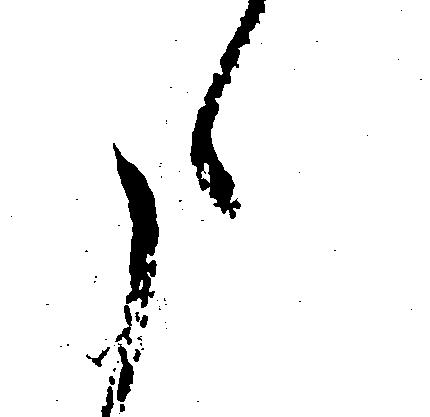
た